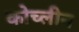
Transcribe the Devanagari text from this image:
कोच्लीन